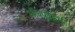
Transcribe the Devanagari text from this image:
लीबफ्रीडच्या